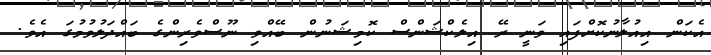
އެކަން އިއުލާނުކޮށްފައި ވަނީ ރޭ އިލެކްޝަންސް ކޮމިޝަނުން ބޭއްވި ނޫސްވެރިންގެ ބައްދަލުވުމުގަ އެވެ.